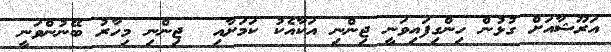
އަރޫޝާއަށް ގުޅުން ހިންގިފައިވަނީ ޖިންނި އަކާއެކު ކަމަށާއި  ޖިންނި މިހާރު ބޭނުންވަނީ